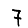
Digit: 7